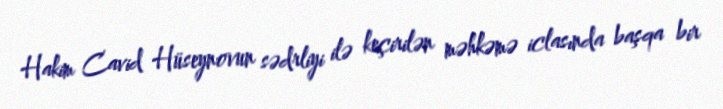
Hakim Cavid Hüseynovun sədrliyi ilə keçirilən məhkəmə iclasında başqa bir